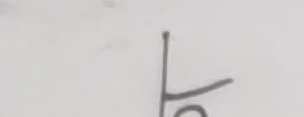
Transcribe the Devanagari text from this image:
ठ